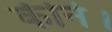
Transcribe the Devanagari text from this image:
कीने।